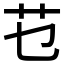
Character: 𰰟